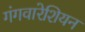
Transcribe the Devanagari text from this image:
गंगवारेशियन